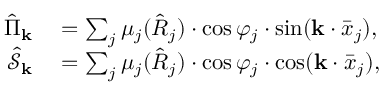
\begin{array} { r l } { \hat { \Pi } _ { \mathbf { k } } } & { { } = \sum _ { j } \mu _ { j } ( \hat { R } _ { j } ) \cdot \cos \varphi _ { j } \cdot \sin ( \mathbf { k } \cdot \bar { \boldsymbol x } _ { j } ) , } \\ { \hat { \mathcal { S } } _ { \mathbf { k } } } & { { } = \sum _ { j } \mu _ { j } ( \hat { R } _ { j } ) \cdot \cos \varphi _ { j } \cdot \cos ( \mathbf { k } \cdot \bar { \boldsymbol x } _ { j } ) , } \end{array}